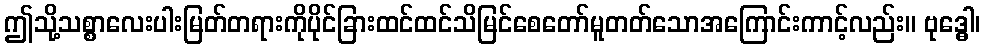
ဤသို့သစ္စာလေးပါးမြတ်တရားကိုပိုင်ခြားထင်ထင်သိမြင်စေတော်မူတတ်သောအကြောင်းကာင့်လည်း။ ဗုဒ္ဓေါ၊